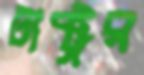
টাক্ট্রর